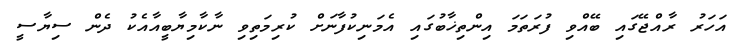
އަހަރު ރާއްޖޭގައި ބޭއްވި ފުރަތަމަ އިންތިޚާބުގައި އެމަނިކުފާނަށް ކުރިމަތިވި ނާކާމިޔާބީއާއެކު ދެން ސިޔާސީ